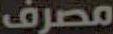
مصرف